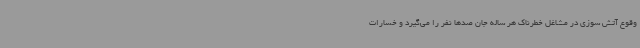
وقوع آتش سوزی در مشاغل خطرناک هر ساله جان صدها نفر را می‌گیرد و خسارات